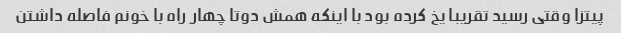
پیتزا وقتی رسید تقریبا یخ کرده بود با اینکه همش دوتا چهار راه با خونم فاصله داشتن